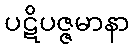
ပဋိပဇ္ဇမာနာ